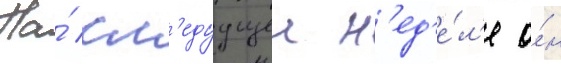
На́ сл'едуущеи н'ед'е́л'е о́н